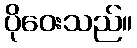
ပိုဝေးသည်။